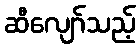
ဆီလျော်သည့်